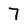
Character: 7